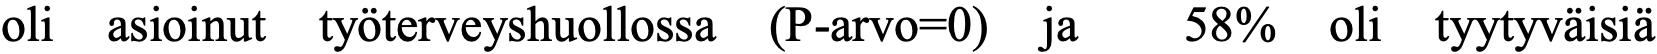
oli asioinut työterveyshuollossa (P-arvo=0) ja 58% oli tyytyväisiä